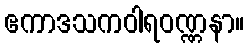
ဧကာဒသကဝါရဝဏ္ဏနာ။